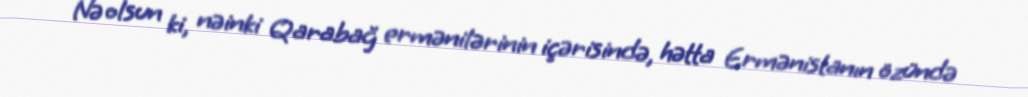
Nə olsun ki, nəinki Qarabağ ermənilərinin içərisində, hətta Ermənistanın özündə